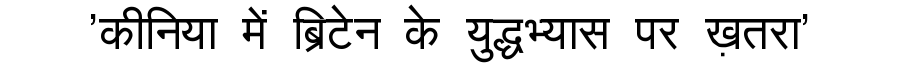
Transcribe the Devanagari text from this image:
'कीनिया में ब्रिटेन के युद्धभ्यास पर ख़तरा'